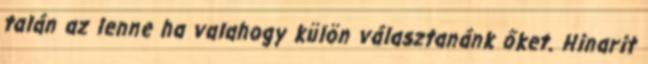
talán az lenne ha valahogy külön választanánk őket. Hinarit